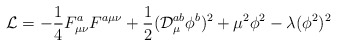
\begin{align*}{\cal L}=-\frac{1}{4}F^a_{\mu\nu}F^{a\mu\nu}+\frac{1}{2}({\cal D}_\mu^{ab}\phi^b)^2+\mu^2\phi^2-\lambda(\phi^2)^2\end{align*}